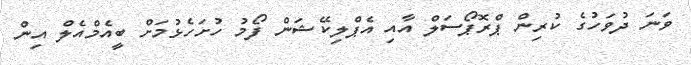
ވަނަ ދުވަހުގެ ކުރިން ޕްރޮޕޯސަލް އާއި އެޕްލިކޭޝަން ފޯމު ހުށަހެޅުމަށް ބީއެމްއެލް އިން